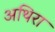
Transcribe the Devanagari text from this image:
अथिरा